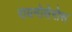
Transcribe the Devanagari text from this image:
रायनोसेरोस